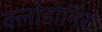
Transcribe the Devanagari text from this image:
क्लोडोमिरो